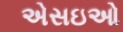
એસઇઓ